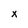
Character: x